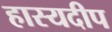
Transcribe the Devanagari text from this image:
हास्यदीप